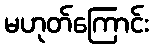
မဟုတ်ကြောင်း